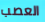
العصب